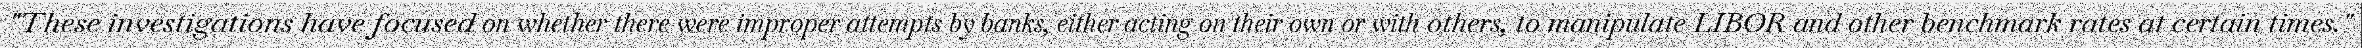
"These investigations have focused on whether there were improper attempts by banks, either acting on their own or with others, to manipulate LIBOR and other benchmark rates at certain times."